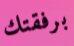
برفقتك